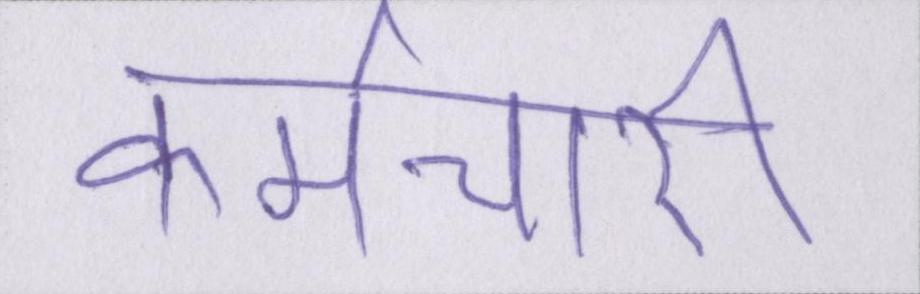
कर्मचारी